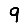
Digit: 9